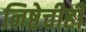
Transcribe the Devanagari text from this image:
निष्ठेचीही